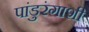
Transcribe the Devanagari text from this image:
पांडुरंगाशी